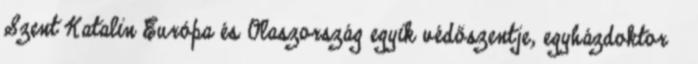
Szent Katalin Európa és Olaszország egyik védőszentje, egyházdoktor †